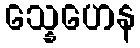
သ္နေဟေန